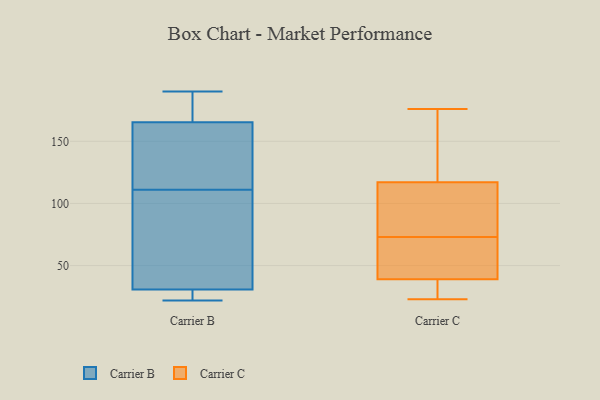
{"axis": {"x": "Production Output", "y": "Value"}, "legend": ["Carrier B", "Carrier C"], "data": [{"x": "", "y": 26, "type": "Carrier B"}, {"x": "", "y": 173, "type": "Carrier B"}, {"x": "", "y": 22, "type": "Carrier B"}, {"x": "", "y": 177, "type": "Carrier B"}, {"x": "", "y": 142, "type": "Carrier B"}, {"x": "", "y": 111, "type": "Carrier B"}, {"x": "", "y": 111, "type": "Carrier B"}, {"x": "", "y": 22, "type": "Carrier B"}, {"x": "", "y": 190, "type": "Carrier B"}, {"x": "", "y": 62, "type": "Carrier B"}, {"x": "", "y": 45, "type": "Carrier B"}, {"x": "", "y": 37, "type": "Carrier C"}, {"x": "", "y": 128, "type": "Carrier C"}, {"x": "", "y": 76, "type": "Carrier C"}, {"x": "", "y": 59, "type": "Carrier C"}, {"x": "", "y": 96, "type": "Carrier C"}, {"x": "", "y": 106, "type": "Carrier C"}, {"x": "", "y": 70, "type": "Carrier C"}, {"x": "", "y": 34, "type": "Carrier C"}, {"x": "", "y": 172, "type": "Carrier C"}, {"x": "", "y": 117, "type": "Carrier C"}, {"x": "", "y": 30, "type": "Carrier C"}, {"x": "", "y": 85, "type": "Carrier C"}, {"x": "", "y": 176, "type": "Carrier C"}, {"x": "", "y": 41, "type": "Carrier C"}, {"x": "", "y": 43, "type": "Carrier C"}, {"x": "", "y": 124, "type": "Carrier C"}, {"x": "", "y": 39, "type": "Carrier C"}, {"x": "", "y": 23, "type": "Carrier C"}]}